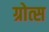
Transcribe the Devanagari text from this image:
ग्रोत्स